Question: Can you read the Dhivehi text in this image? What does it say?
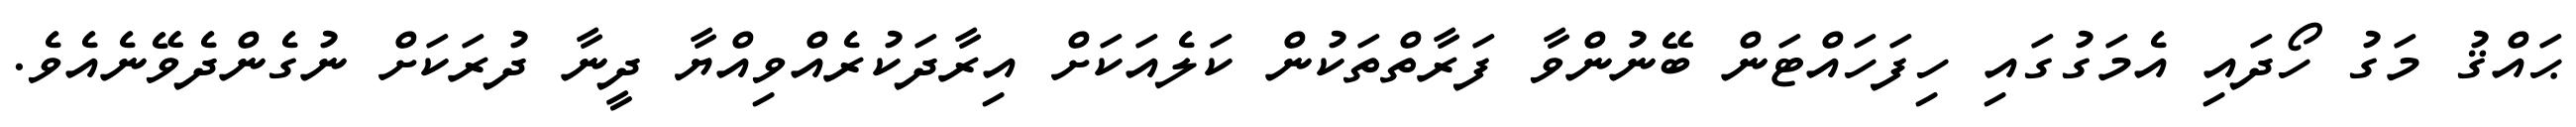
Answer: ޙައްޤު މަގު ހޯދައި އެމަގުގައި ހިފަހައްޓަން ބޭނުންވާ ފަރާތްތަކުން ކަލެއަކަށް އިރާދަކުރެއްވިއްޔާ ދީނާ ދުރަކަށް ނުގެންދެވޭނެއެވެ.